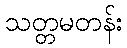
သတ္တမတန်း